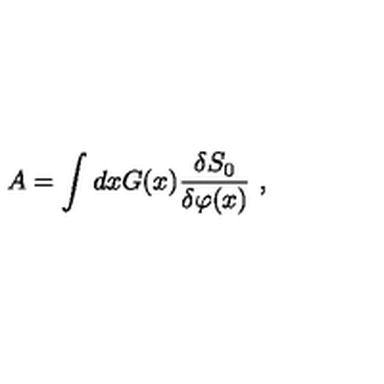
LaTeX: A = \int d x G ( x ) \frac { \delta S _ { 0 } } { \delta \varphi ( x ) } \ ,